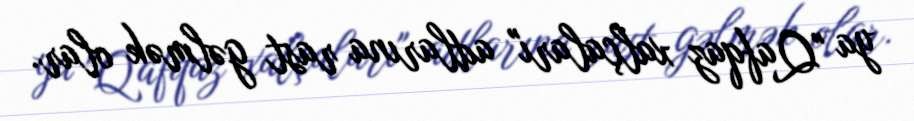
ya "Qafqaz xalçaları" adlarına rast gəlmək olar.